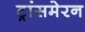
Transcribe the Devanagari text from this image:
ट्रांसमेरन